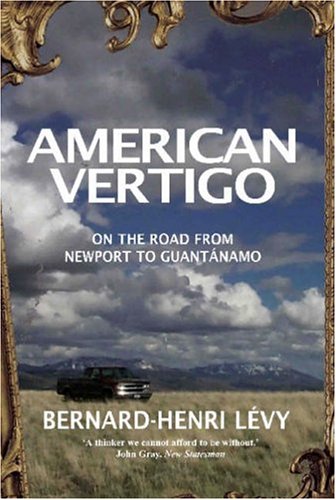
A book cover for American Vertigo : On the Road From Newport to Guantanamo; BERNARD-HENRI LEVY; Travel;